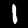
Label: 1